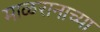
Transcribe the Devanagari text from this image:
माळरानाच्या